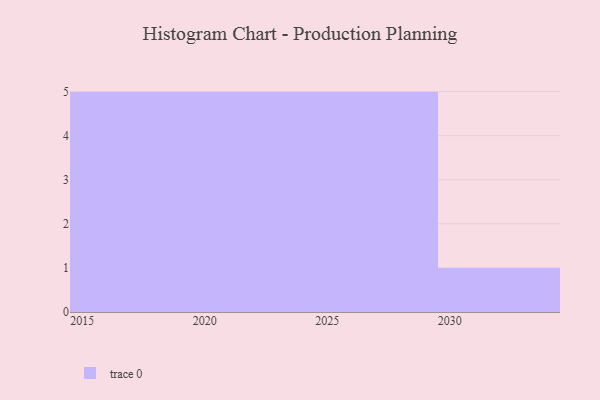
{"axis": {"x": "Year", "y": "Net Income (USD K)"}, "legend": [""], "data": [{"x": "2019", "y": 48, "type": ""}, {"x": "2024", "y": 96, "type": ""}, {"x": "2028", "y": 45, "type": ""}, {"x": "2026", "y": 13, "type": ""}, {"x": "2015", "y": 66, "type": ""}, {"x": "2018", "y": 30, "type": ""}, {"x": "2023", "y": 96, "type": ""}, {"x": "2020", "y": 46, "type": ""}, {"x": "2025", "y": 20, "type": ""}, {"x": "2029", "y": 20, "type": ""}, {"x": "2016", "y": 70, "type": ""}, {"x": "2017", "y": 35, "type": ""}, {"x": "2021", "y": 94, "type": ""}, {"x": "2022", "y": 41, "type": ""}, {"x": "2030", "y": 72, "type": ""}, {"x": "2027", "y": 27, "type": ""}]}